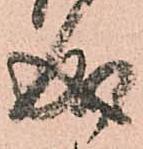
成